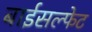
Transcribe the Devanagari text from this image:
बाईसल्फेट